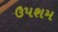
ઉપશમ